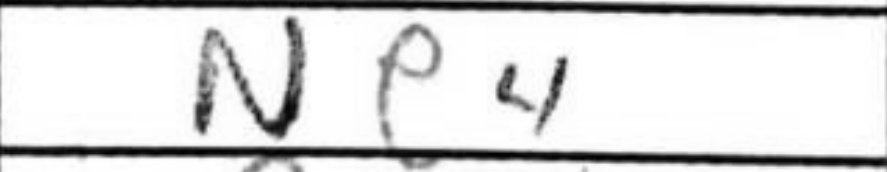
Transcription: Ne4